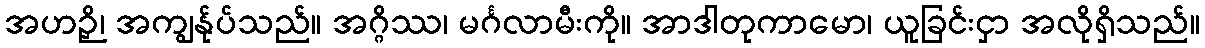
အဟဉှိ၊ အကျွန်ုပ်သည်။ အဂ္ဂိဿ၊ မင်္ဂလာမီးကို။ အာဒါတုကာမော၊ ယူခြင်းငှာ အလိုရှိသည်။